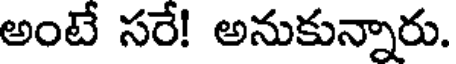
అంటే సరే! అనుకున్నారు.